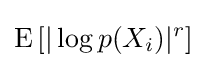
\mathrm {E} \left[|\log p(X_{i})|^{r}\right]